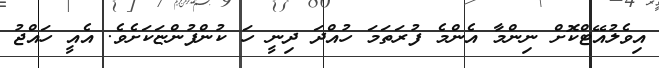
އިވެލުއޭޓްކޮށް ނިންމާ އެންމެ ފުރަތަމަ ހުއްދަ ދިނީ ހަ ކުންފުންޏަކަށެވެ. އެއީ ހައްޖު